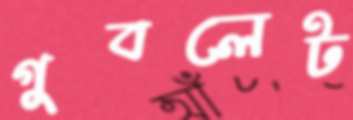
গুবলেট